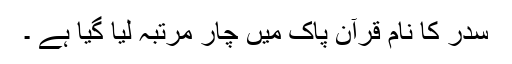
سدر کا نام قرآن پاک میں چار مرتبہ لیا گیا ہے ۔